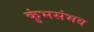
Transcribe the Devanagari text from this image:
कुंभसंभव